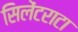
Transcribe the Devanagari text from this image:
सिलेंटराटा